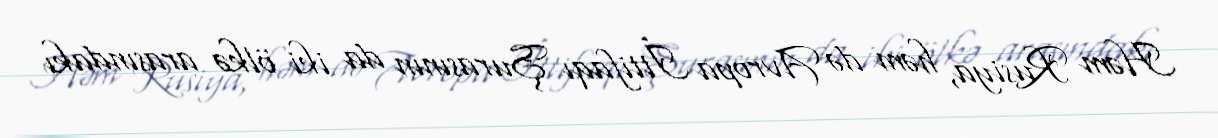
Həm Rusiya, həm də Avropa İttifaqı Şurasının da iki ölkə arasındakı